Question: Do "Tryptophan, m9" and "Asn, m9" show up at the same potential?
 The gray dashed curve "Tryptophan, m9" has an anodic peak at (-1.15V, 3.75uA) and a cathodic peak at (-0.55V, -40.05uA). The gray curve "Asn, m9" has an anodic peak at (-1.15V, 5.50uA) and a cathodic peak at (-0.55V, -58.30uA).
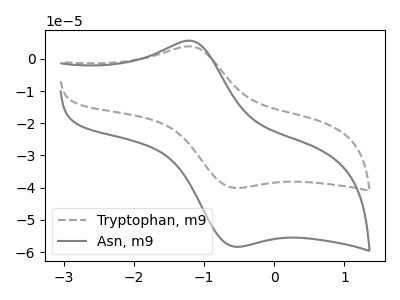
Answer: <think>All the peaks in "Tryptophan, m9" have a peak in "Asn, m9" at the same potential. Every peak in "Tryptophan, m9" is lower than every peak in "Asn, m9".
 </think>
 <answer>"Tryptophan, m9" and "Asn, m9" are similar in shape.</answer>
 <eval>same_shape</eval>